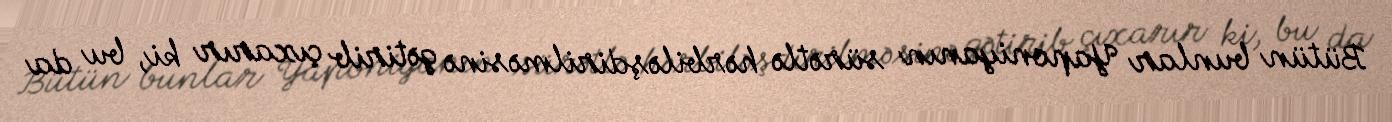
Bütün bunlar Yaponiyanın sürətlə hərbiləşdirilməsinə gətirib çıxarır ki, bu da